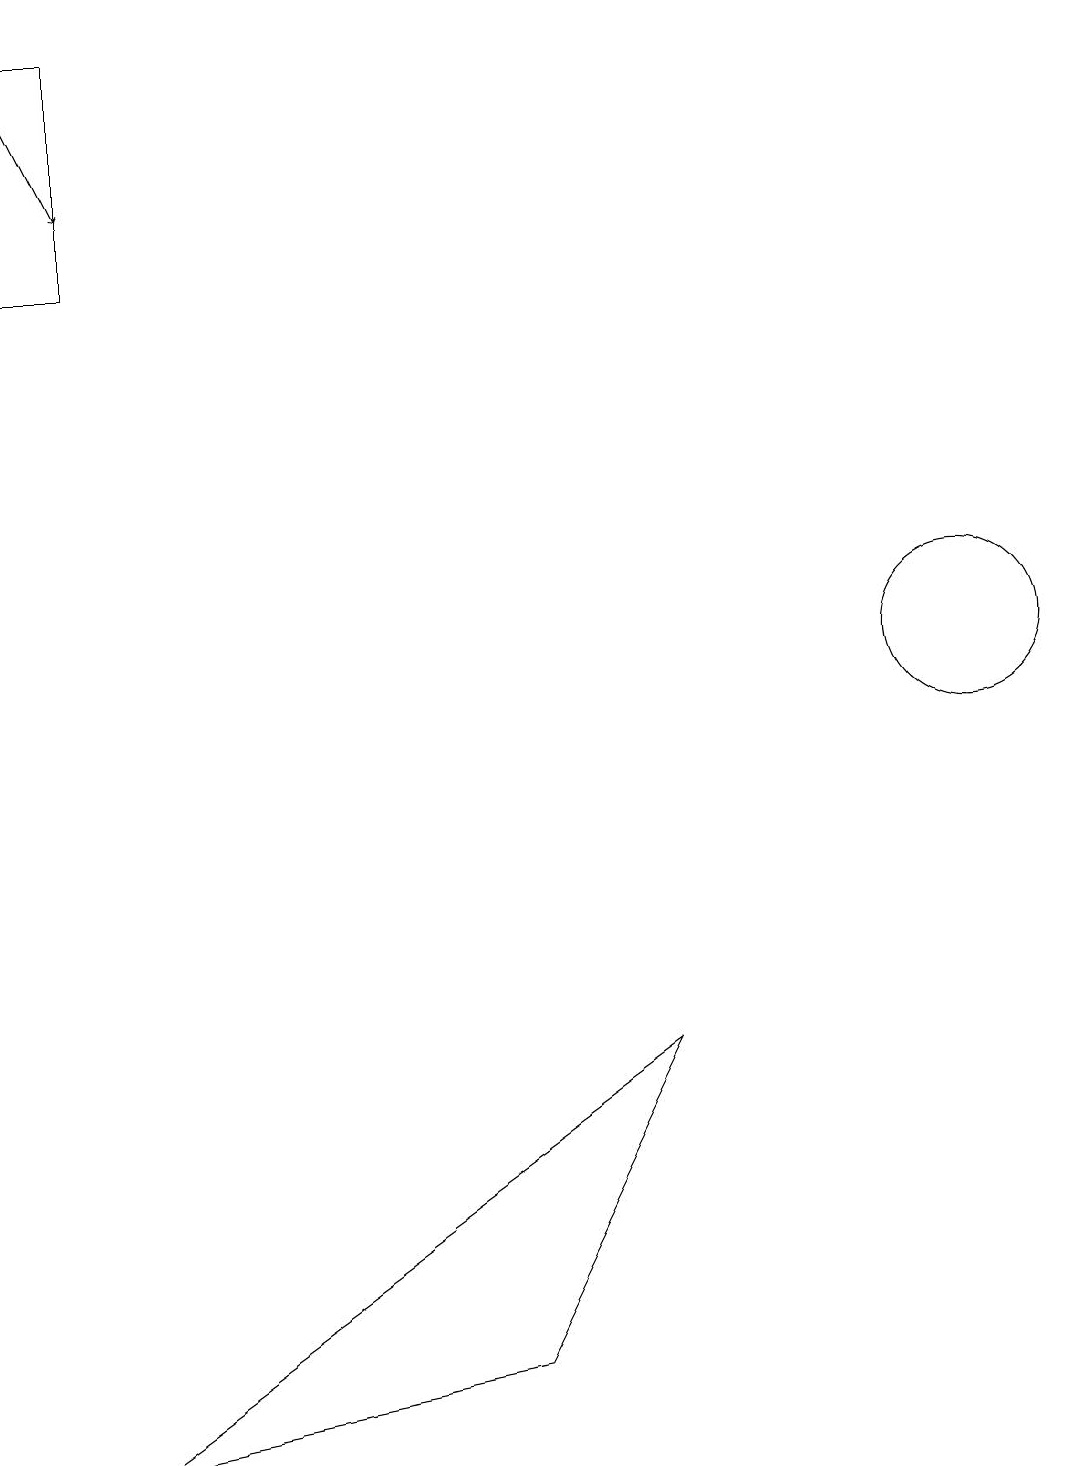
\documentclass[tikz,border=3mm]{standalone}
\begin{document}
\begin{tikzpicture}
\draw[->] (0,19) -- (1,17);
\draw (12,11) circle (1);
\draw (11,10) circle (0);
\draw (8,6) -- (6,2) -- (1,1) -- cycle;
\draw (1,19) rectangle (0,16);
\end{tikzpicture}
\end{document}